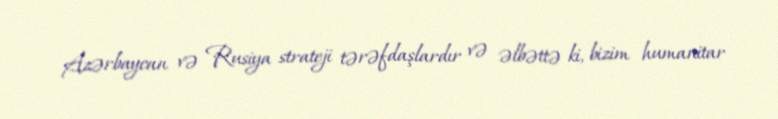
Azərbaycan və Rusiya strateji tərəfdaşlardır və əlbəttə ki, bizim humanitar